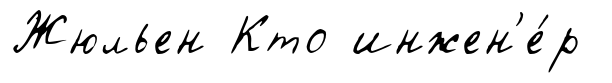
Жюльен Кто инжен'е́р